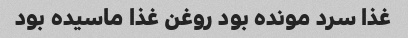
غذا سرد مونده بود روغن غذا ماسیده بود